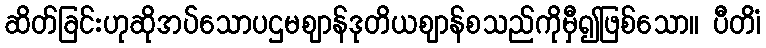
ဆိတ်ခြင်းဟုဆိုအပ်သောပဌမဈာန်ဒုတိယဈာန်စသည်ကိုမှီ၍ဖြစ်သော။ ပီတိံ၊